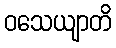
ဝသေယျာတိ